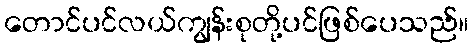
တောင်ပင်လယ်ကျွန်းစုတို့ပင်ဖြစ်ပေသည်။